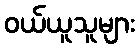
ဝယ်ယူသူများ